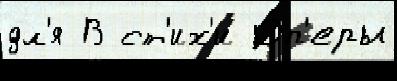
дл'я В ст'их'и О́п'еры